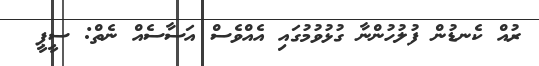
ރުއް ކެނޑުން ފުލުހުންނާ ގުޅުވުމުގައި އެއްވެސް އަސާސެއް ނެތް: ސީޕީ